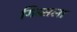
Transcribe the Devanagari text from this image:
गिब्सला